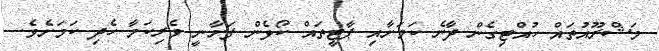
މަޝްރޫއުތައް ހުއްޓިގެން ދާނެ ކަމަށާއި ޕާޓީތައް ކޯޅެން ފަށާނީ ވެރިކަމާ ހެދި ކަމަށެވެ.